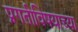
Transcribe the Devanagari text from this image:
प्रगतीविषयाच्या